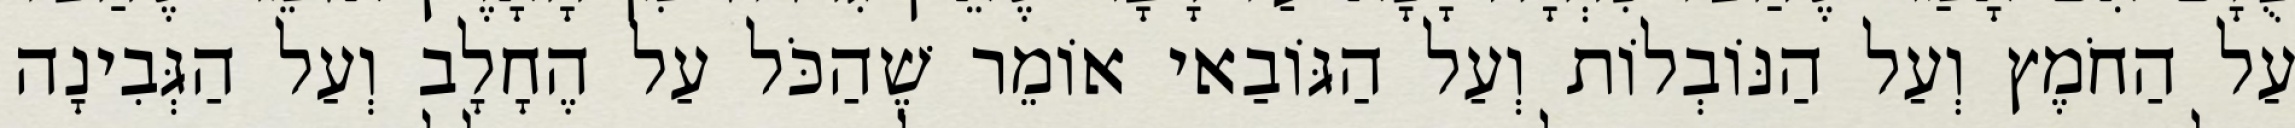
עַל הַחֹמֶץ וְעַל הַנּוֹבְלוֹת וְעַל הַגּוֹבַאי אוֹמֵר שֶׁהַכֹּל עַל הֶחָלָב וְעַל הַגְּבִינָה